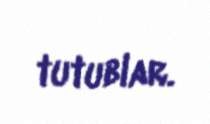
tutublar.